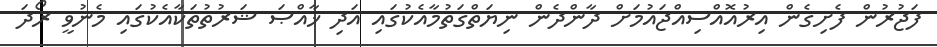
ފަޖުރުން ފެށިގެން އިރުއޮއްސިއްޖައުމަށް ދާންދެން ނިޔަތްގަތުމާއެކުގައި އަދި ޚާއްޞަ ޝަރުތުތަކާއެކުގައި މެނުވީ ރޯދަ